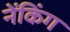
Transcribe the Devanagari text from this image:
नेंकिंग